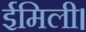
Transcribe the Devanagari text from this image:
ईमिली।